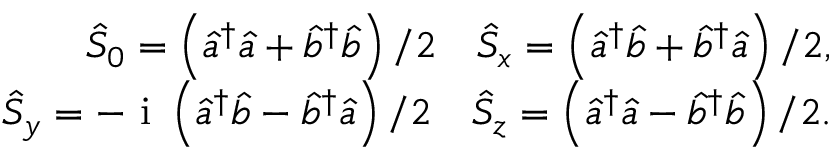
\begin{array} { r } { \hat { S } _ { 0 } = \left( \hat { a } ^ { \dagger } \hat { a } + \hat { b } ^ { \dagger } \hat { b } \right) / 2 \quad \hat { S } _ { x } = \left( \hat { a } ^ { \dagger } \hat { b } + \hat { b } ^ { \dagger } \hat { a } \right) / 2 , } \\ { \hat { S } _ { y } = - \mathrm { ~ i ~ } \left( \hat { a } ^ { \dagger } \hat { b } - \hat { b } ^ { \dagger } \hat { a } \right) / 2 \quad \hat { S } _ { z } = \left( \hat { a } ^ { \dagger } \hat { a } - \hat { b } ^ { \dagger } \hat { b } \right) / 2 . } \end{array}